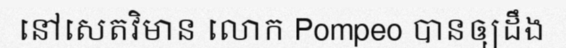
នៅសេតវិមាន លោក Pompeo បានឲ្យដឹង